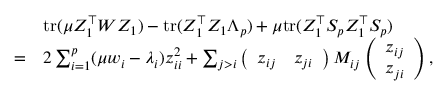
\begin{array} { r l } & { \mathrm { t r } ( \mu Z _ { 1 } ^ { \top } W Z _ { 1 } ) - \mathrm { t r } ( Z _ { 1 } ^ { \top } Z _ { 1 } \Lambda _ { p } ) + \mu \mathrm { t r } ( Z _ { 1 } ^ { \top } S _ { p } Z _ { 1 } ^ { \top } S _ { p } ) } \\ { = } & { 2 \sum _ { i = 1 } ^ { p } ( \mu w _ { i } - \lambda _ { i } ) z _ { i i } ^ { 2 } + \sum _ { j > i } \left( \begin{array} { l l } { z _ { i j } } & { z _ { j i } } \end{array} \right) M _ { i j } \left( \begin{array} { l } { z _ { i j } } \\ { z _ { j i } } \end{array} \right) , } \end{array}